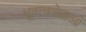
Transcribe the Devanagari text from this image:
भूतत्त्ववेत्ताओं